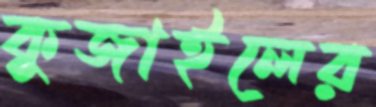
কুজাইলের